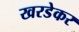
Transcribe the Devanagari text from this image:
खरडेकर